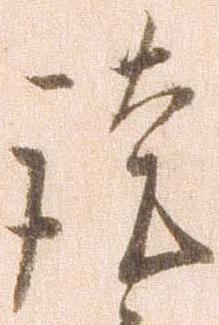
謹